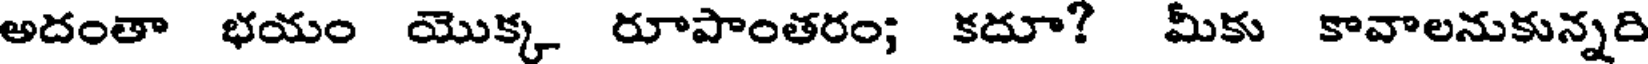
అదంతా భయం యొక్క రూపాంతరం; కదూ? మీకు కావాలనుకున్నది